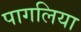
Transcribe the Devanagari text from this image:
पागलिया